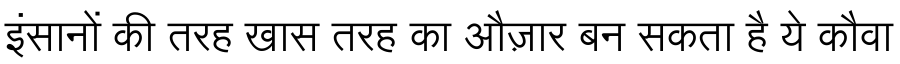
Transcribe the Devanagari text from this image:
इंसानों की तरह खास तरह का औज़ार बन सकता है ये कौवा